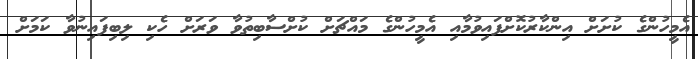
އެމީހުންގެ ކުށަށް އިންކާރުކޮށްފައިވުމާއި އެމީހުންގެ މައްޗަށް ކުށްސާބިތުވާ ވަރަށް ހެކި ލިބިފައިނުވާ ކަމަށް